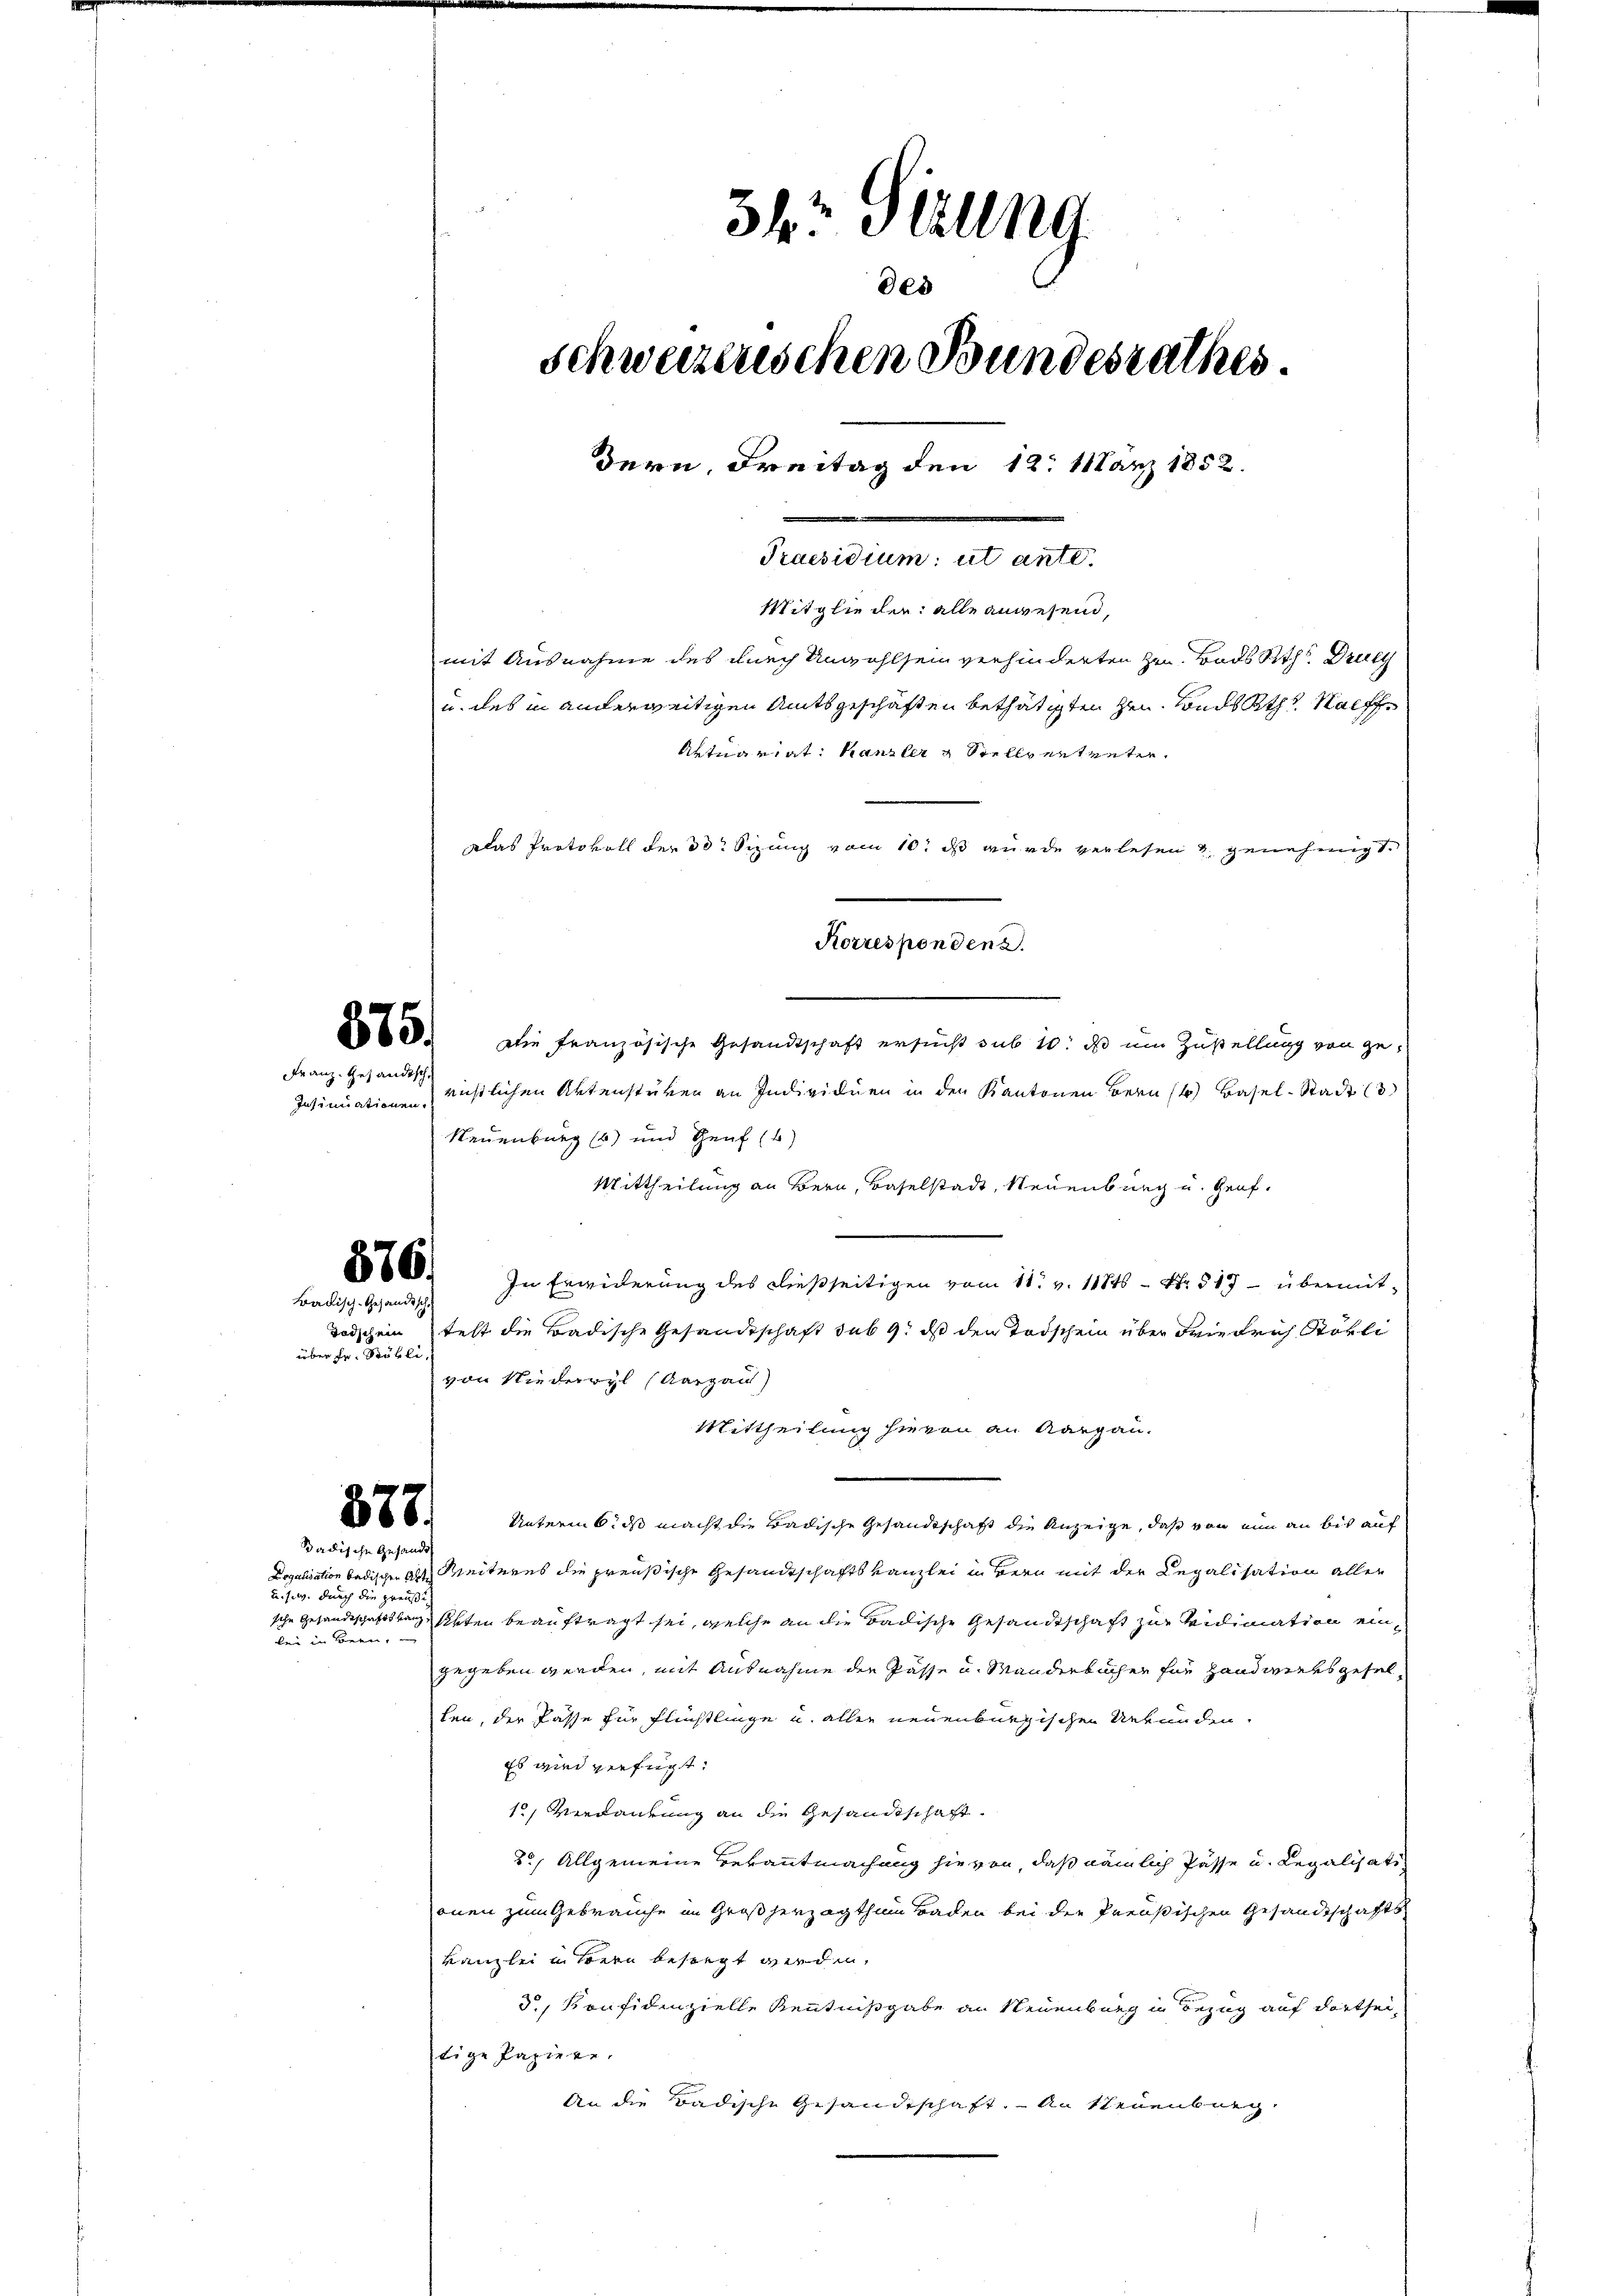
Franz. Gesandtsch,

das Protokoll der 30. Sizung vom 10t ds wurde verlesen u. genehmigt.
§ 60. Die französische Gesandtschaft ersucht sub 10: ds um Zustellung von ge¬
Insinuatione westlichen Aktenstüken an Individuen in den Kantonen Bern (4) Basel-Stadt (3
Neuenburg (6) und Genf (b)
Mittheilung an Bern, Baselstadt, Neuenburg u. Genf¬
§ 688. In Erwiderung des dießseitigen vom 11. v. 11846 - Nr. 517 - übermit-
Todschein test die Badische Gesandtschaft sub 9. ds den Todschein über Friedrich Stötli
von Niederwyl (Aargau)
Mittheilung hievon an Aargau.
Unterm 6. ds macht die Badische Gesandtschaft die Anzeige, daß von nun an bis auf
Legalisation badischen Alt Weiteres die preußische Gesandtschaftskanzlei in Bern mit der Legalisation aller
sche Gesandtschaftsberg, Arten beauftragt sei, welche an die Badische Gesandtschaft zur Vidimation eingegeben werden, mit Ausnahme der Pässe u. Manderbücher für Handwerkes gesellen, der Fasse für Flüchtlinge u. allen neuenburgischen Urkunden.
Es wird verfügt:
12, Verdaurung an die Gesandtschaft
2.) Allgemeine Bekanntmachung hievon, daß nämlich Pässe u. Regalisationen zum Gebrauche im Großherzagthum Baden bei der Preußischen Gesandtschafts-
Kanzlei in Bern besiegt werden.
d., Konfidenzielle Kenntnißgabe an Neuenburg in Bezug auf dortsei
tige Papiere.
An die Badische Gesandtschaft. An Steuenburg,

Badisch-Gesandtsch

über Fr. Stäbli

377.
adische Gesandt

u. s. w. durch die preußi
ben in Bern,

3h: Perung
des
schweizerischen Bundesrathes.
dern, Freitag den 12. März 1852.
e
Praesidium: ut ante.
Mitglieder: alle anwesend,
mit Ausnahme des durch Unwohlsein verhinderten zu Bads Rthl. Druc
u. des in anderweitigen Amtsgeschäften bethätigten hen. Sonds Kts. Nachf
Aktuariat: Kanzler & Stellvertreten.

Korresponden 2.